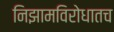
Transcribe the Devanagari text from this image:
निझामविरोधातच